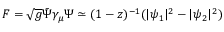
{ \cal F } = \sqrt { g } \bar { \Psi } \gamma _ { \mu } \Psi \simeq ( 1 - z ) ^ { - 1 } ( | \psi _ { 1 } | ^ { 2 } - | \psi _ { 2 } | ^ { 2 } )